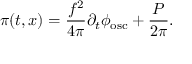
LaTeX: \pi ( t , x ) = \frac { f ^ { 2 } } { 4 { \pi } } { \partial } _ { t } { \phi } _ { \mathrm { { o s c } } } + \frac { P } { 2 { \pi } } .